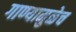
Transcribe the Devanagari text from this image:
गाण्यामुळेच